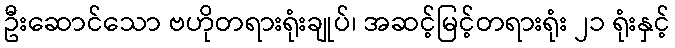
ဦးဆောင်သော ဗဟိုတရားရုံးချုပ်၊ အဆင့်မြင့်တရားရုံး ၂၁ ရုံးနှင့်